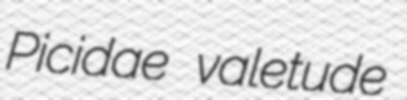
Picidae valetude